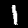
Label: 1